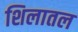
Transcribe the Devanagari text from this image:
शिलातल